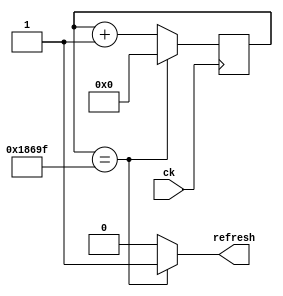
`timescale 1ns/1ps

module refresh_enable(
    input ck,
    output refresh
);

    reg [16:0] cnt, cnt_next;
    parameter [16:0] MAX_CNT = 17'd99_999;

    always @(posedge ck) begin
        cnt <= cnt_next;
    end

    always @(cnt) begin
        if (cnt == MAX_CNT) cnt_next = 0;
        else cnt_next = cnt + 1;
    end

    assign refresh = (cnt == MAX_CNT) ? 1 : 0;

endmodule